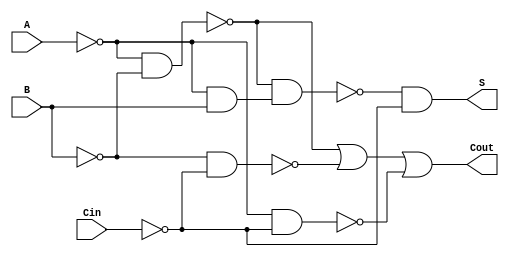
module NegativeCircuitFullAdder (
    input wire A,      // First significant bit (active low)
    input wire B,      // Second significant bit (active low)
    input wire Cin,    // Carry-in bit (active low)
    output wire S,     // Sum output bit (active low)
    output wire Cout    // Carry-out bit (active low)
);

    // Intermediate signals
    wire A_n, B_n, Cin_n;
    wire sum_n, carry_n;

    // Invert the inputs for active low logic
    assign A_n = ~A;
    assign B_n = ~B;
    assign Cin_n = ~Cin;

    // Calculate the sum using the equation S = ~(A XOR B XOR Cin)
    // A XOR B can be implemented using NAND gates
    wire AB_nand, AB_xor;
    assign AB_nand = ~(A_n & B_n);           // NAND(A, B)
    assign AB_xor = ~(AB_nand & (A_n & B));  // A XOR B = ~(NAND(A, B) & (A & B))

    // Final sum output
    assign sum_n = ~(AB_xor & Cin_n);         // S = ~(A XOR B XOR Cin)
    assign S = ~sum_n;                        // Output S is active low

    // Calculate the carry-out using the equation Cout = ~(A & B + B & Cin + A & Cin)
    wire AB_and, BC_and, AC_and;
    assign AB_and = ~(A_n & B_n);             // A & B
    assign BC_and = ~(B_n & Cin_n);           // B & Cin
    assign AC_and = ~(A_n & Cin_n);           // A & Cin

    // Carry-out logic
    wire carry_or;
    assign carry_or = ~(AB_and | BC_and | AC_and); // Cout = ~(A & B + B & Cin + A & Cin)
    assign carry_n = carry_or;                  // Carry-out is active low
    assign Cout = ~carry_n;                     // Output Cout is active low

endmodule